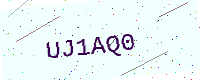
Text: UJ1AQ0